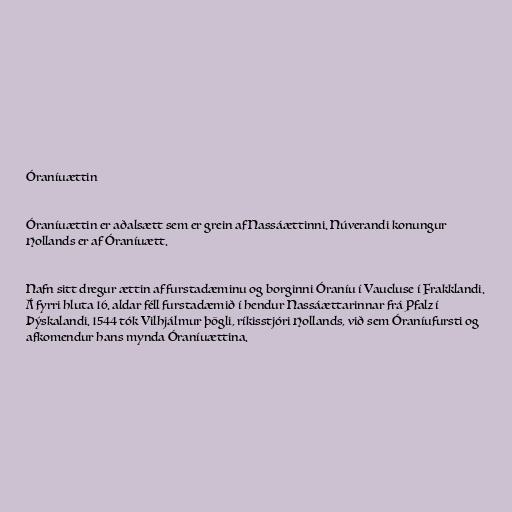
Óraníuættin

Óraníuættin er aðalsætt sem er grein af Nassáættinni. Núverandi konungur
Hollands er af Óraníuætt.

Nafn sitt dregur ættin af furstadæminu og borginni Óraníu í Vaucluse í Frakklandi.
Á fyrri hluta 16. aldar féll furstadæmið í hendur Nassáættarinnar frá Pfalz í
Þýskalandi. 1544 tók Vilhjálmur þögli, ríkisstjóri Hollands, við sem Óraníufursti og
afkomendur hans mynda Óraníuættina.